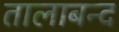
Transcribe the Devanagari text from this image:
तालाबन्द